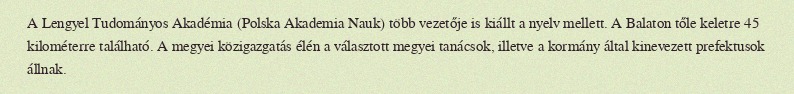
A Lengyel Tudományos Akadémia (Polska Akademia Nauk) több vezetője is kiállt a nyelv mellett. A Balaton tőle keletre 45 kilométerre található. A megyei közigazgatás élén a választott megyei tanácsok, illetve a kormány által kinevezett prefektusok állnak.